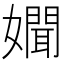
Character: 𡣟